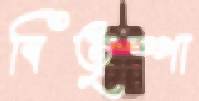
বিতৃষ্ণা